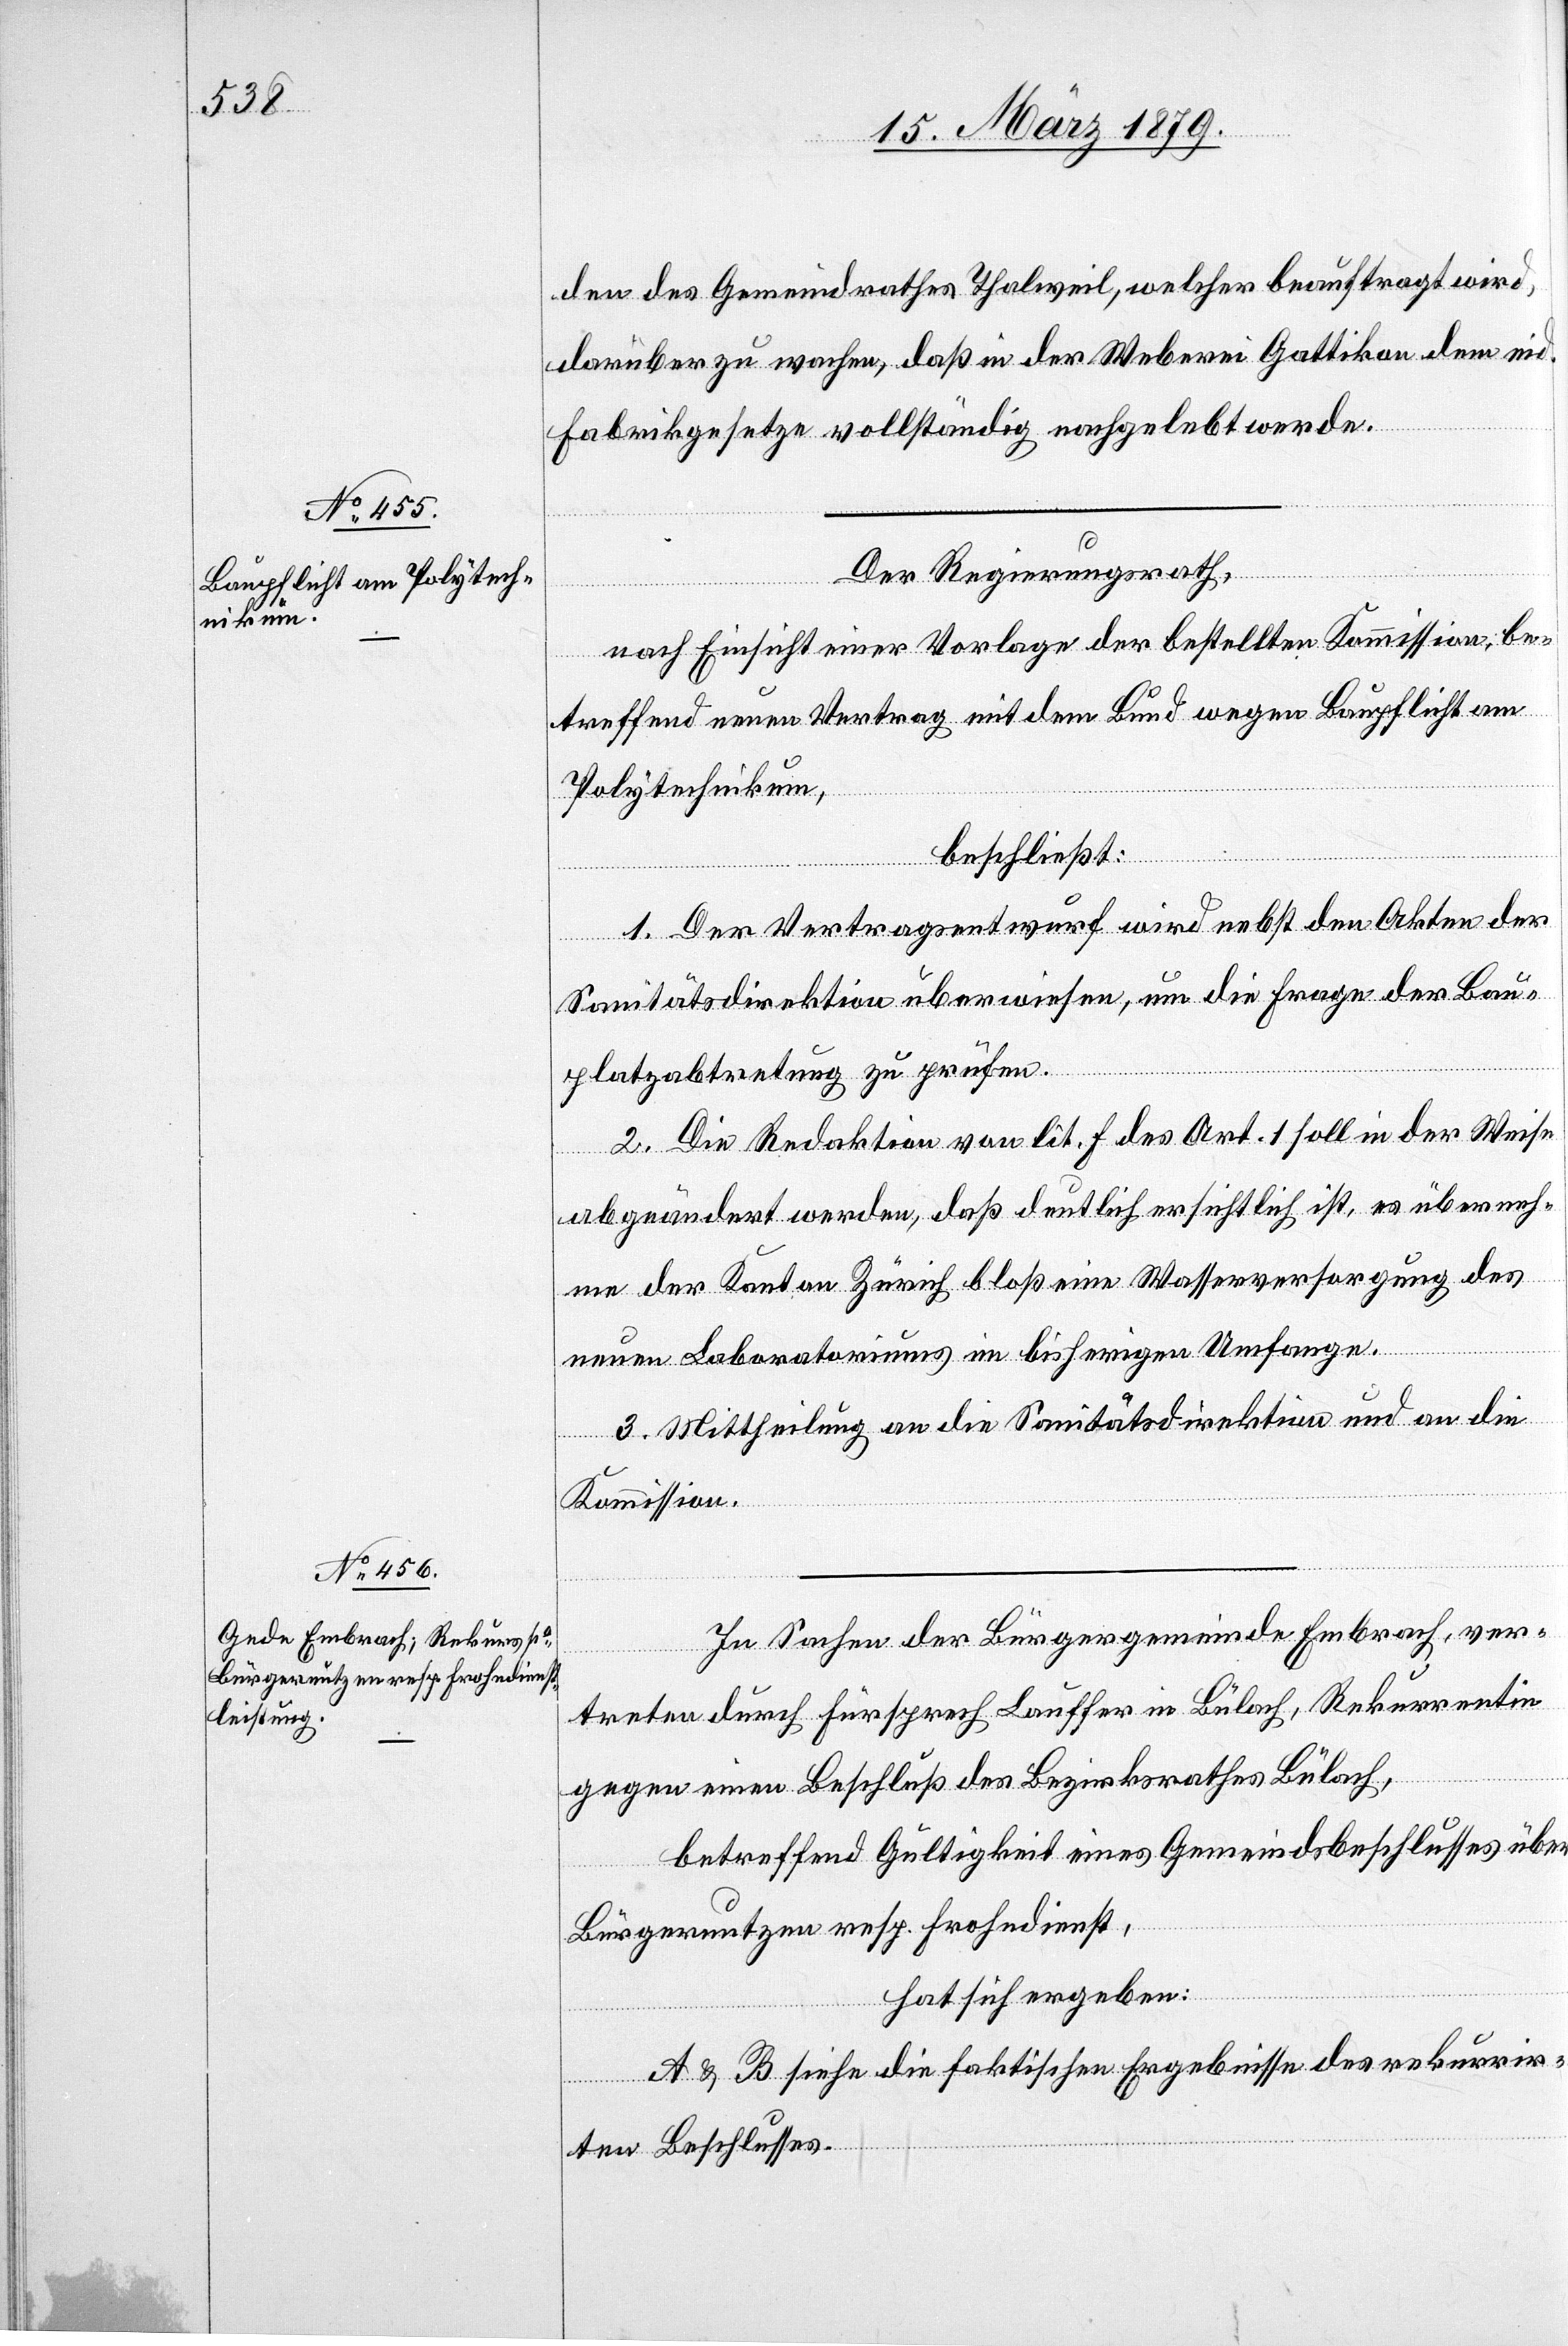
den des Gemeindrathes Thalweil, welcher beauftragt wird,
darüber zu wachen, daß in der Weberei Gattikon dem eid.
Fabrikgesetze vollständig nachgelebt werde.
Der Regierungsrath,
nach Einsicht einer Vorlage der bestellten Kommission, be¬
treffend neuen Vertrag mit dem Bund wegen Baupflicht am
Polytechnikum,
beschließt:
1. Der Vertragsentwurf wird nebst den Akten der
Sanitätsdirektion überwiesen, um die Frage der Bau¬
platzabtretung zu prüfen.
2. Die Redaktion von lit. f des Art. 1 soll in der Weise
abgeändert werden, daß deutlich ersichtlich ist, es überneh¬
me der Kanton Zürich bloß eine Wasserversorgung des
neuen Laboratoriums im bisherigen Umfange.
3. Mittheilung an die Sanitätsdirektion und an die
Kommission.
In Sachen der Bürgergemeinde Embrach, ver¬
treten durch Fürsprech Lauffer in Bülach, Rekurrentin
gegen einen Beschluß des Bezirksrathes Bülach,
betreffend Gültigkeit eines Gemeindsbeschlusses über
Bürgernutzen resp. Frohndienst,
hat sich ergeben:
A & B siehe die faktischen Ergebnisse des rekurrir¬
ten Beschlusses.